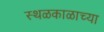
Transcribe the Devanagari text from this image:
स्थळकाळाच्या